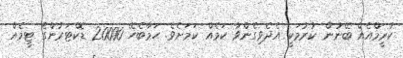
ކުރީމްއެއް ބޭނުން ކުރުމަކީ އެދެވިގެންވާ ކަމެއް ކަމަށެވެ. ހަމާބެހޭ 20000 ޑޮކްޓަރުންގެ ޓީމެއް